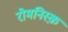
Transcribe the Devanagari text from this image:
रोमनिस्क़